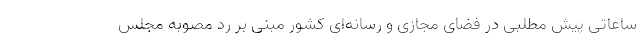
ساعاتی پیش مطلبی در فضای مجازی و رسانه‌ای کشور مبنی بر رد مصوبه مجلس